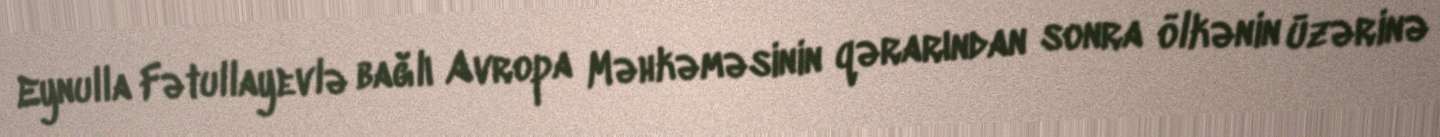
Eynulla Fətullayevlə bağlı Avropa Məhkəməsinin qərarından sonra ölkənin üzərinə